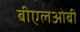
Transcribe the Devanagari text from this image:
बीएलओबी